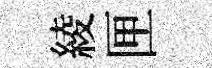
綾匣